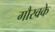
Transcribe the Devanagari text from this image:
गौरवके